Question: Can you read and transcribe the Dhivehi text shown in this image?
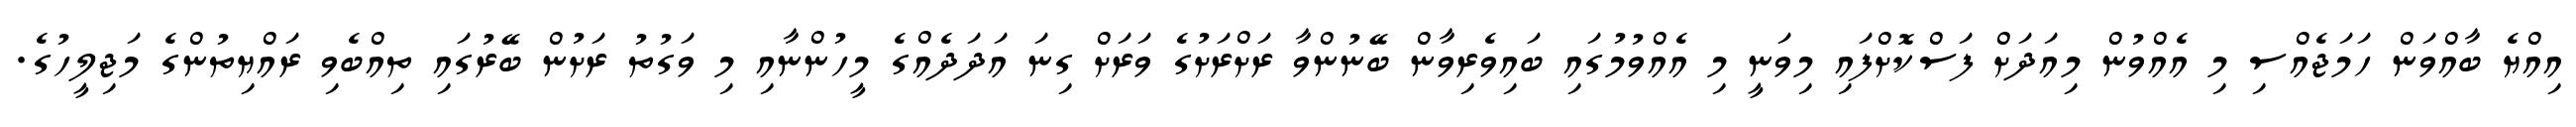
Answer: އިއްޔެ ބާއްވަން ހަމަޖެއްސި މި އެއްވުން މިއަދަށް ފަސްކޮށްފައި މިވަނީ މި އެއްވުމުގައި ބައިވެރިވާން ބޭނުންވާ ރަށްރަށުގެ ވަރަށް ގިނަ އަދަދެއްގެ މީހުންނާއި މި ވަގުތު ރަށުން ބޭރުގައި ތިއްބެވި ރައްޔިތުންގެ މަޖިލީހުގެ.